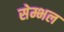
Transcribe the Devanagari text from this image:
सेम्भल